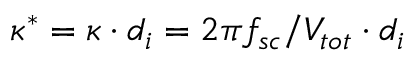
\kappa ^ { \ast } = \kappa \cdot d _ { i } = 2 \pi f _ { s c } / V _ { t o t } \cdot d _ { i }